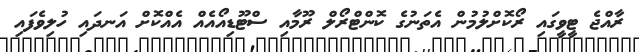
ރާއްޖެ ޓީވީގައި ރޯކޮށްލުމުން އެތަނުގެ ކޮންޓްރޯލް ރޫމާއި ސްޓޫޑިއޯއެއް އެއްކޮށް އަނދައި ހުލިވެފައި